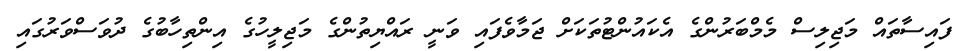
ފައިސާތައް މަޖިލިސް މެމްބަރުންގެ އެކައުންޓުތަކަށް ޖަމާވެފައި ވަނީ ރައްޔިތުންގެ މަޖިލީހުގެ އިންތިހާބުގެ ދުވަސްވަރުގައި